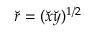
\breve { r } = ( \breve { x } \breve { y } ) ^ { 1 / 2 }